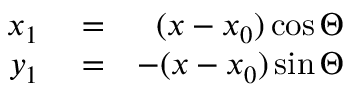
\begin{array} { r l r } { x _ { 1 } } & { { } = } & { ( x - x _ { 0 } ) \cos \Theta } \\ { y _ { 1 } } & { { } = } & { - ( x - x _ { 0 } ) \sin \Theta } \end{array}